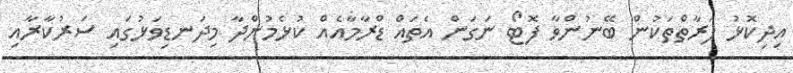
އިދިކޮޅު ފަރާތްތަކުން ބޭނުންވާ ފޮޓޯ ނަގަން އެތައް ޑްރާމާއެއް ކުޅެމުންދާ މިދަނޑިވަޅުގައި ސަރުކާރާއި